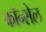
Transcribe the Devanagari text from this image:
कॉन्सेल